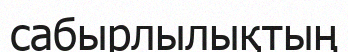
сабырлылықтың